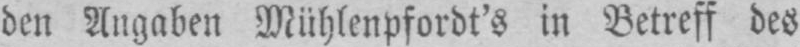
den Angaben Mühlenpfordt’s in Betreff des